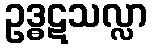
ဥဒ္ဓဋသလ္လာ